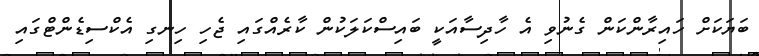
ބަޔަކަަށް ހައިރާންކަން ގެނުވި އެ ހާދިސާއަކީ ބައިސްކަލަކުން ކާރެއްގައި ޖެހި ހިނގި އެކްސިޑެންޓްގައި